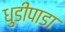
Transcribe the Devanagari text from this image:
धुडीपाडा